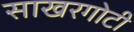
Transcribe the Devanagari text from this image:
साखरगोटी